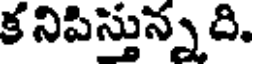
క నిపిస్తున్నది.